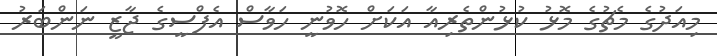
މިއަދުގެ މެޗުގެ މޮޅު ކުޅުންތެރިއާ އަކަށް ހޮވުނީ ހަވާސް އެފްސީގެ ޖާޒީ ނަންބަރު